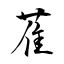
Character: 萑